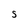
Character: S